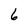
Character: 6